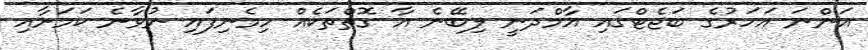
އަންނަ އަހަރުގެ ބަޖެޓްގައި އާމްދަނީ ލިބޭނެ އާ ގޮތްތަކެއް ހިމެނިފައި ނުވާނެ ކަމަށާއި